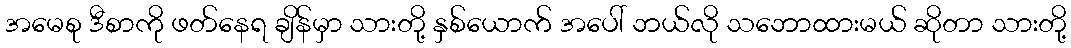
အမေစု ဒီစာကို ဖတ်နေရ ချိန်မှာ သားတို့ နှစ်ယောက် အပေါ် ဘယ်လို သဘောထားမယ် ဆိုတာ သားတို့